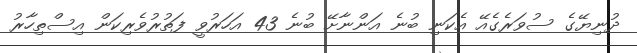
ދުނިޔޭގެ ސުވަރެގެއޭ އެކަނި ބުނެ އަންނާށޭ ބުނެ 43 އަހަރުވީ ފަތުރުވެރިކަން އިސްތިހާރު